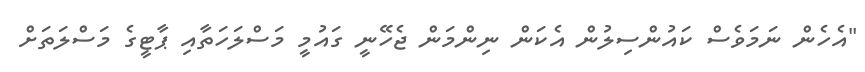
"އެހެން ނަމަވެސް ކައުންސިލުން އެކަން ނިންމަން ޖެހޭނީ ގައުމީ މަސްލަހަތާއި ޕާޓީގެ މަސްލަތަށް